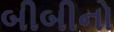
બીબીનો